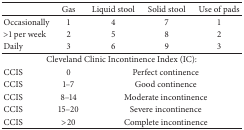
<table><thead><tr><td><b> </b></td><td><b>Gas</b></td><td><b>Liquid stool</b></td><td><b>Solid stool</b></td><td><b>Use of pads</b></td></tr></thead><tbody><tr><td>Occasionally</td><td>1</td><td>4</td><td>7</td><td>1</td></tr><tr><td>&gt;1 per week</td><td>2</td><td>5</td><td>8</td><td>2</td></tr><tr><td>Daily</td><td>3</td><td>6</td><td>9</td><td>3</td></tr><tr><td colspan="5">Cleveland Clinic Incontinence Index (IC):</td></tr><tr><td>CCIS</td><td>0</td><td colspan="3">Perfect continence</td></tr><tr><td>CCIS</td><td>1–7</td><td colspan="3">Good continence</td></tr><tr><td>CCIS</td><td>8–14</td><td colspan="3">Moderate incontinence</td></tr><tr><td>CCIS</td><td>15–20</td><td colspan="3">Severe incontinence</td></tr><tr><td>CCIS</td><td>&gt;20</td><td colspan="3"> Complete incontinence</td></tr></tbody></table>